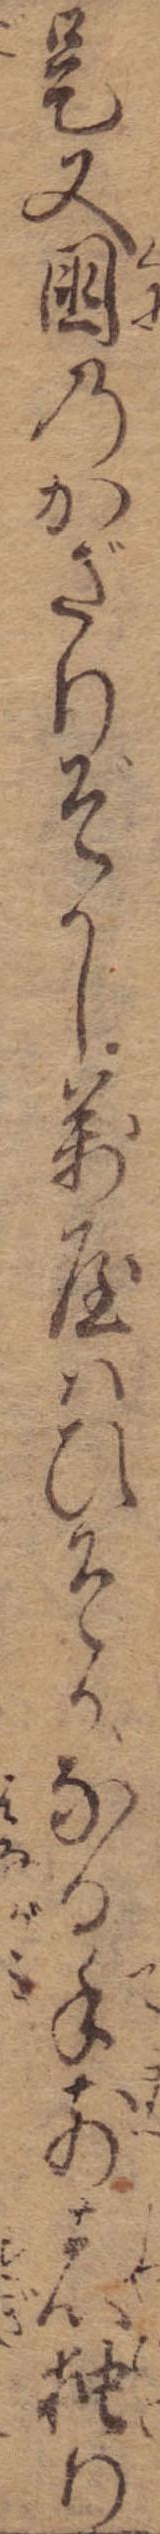
是又国のかざりぞかし万屋はひそかなる手前者独り